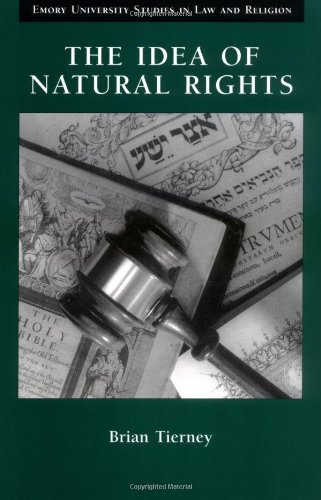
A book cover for The Idea of Natural Rights: Studies on Natural Rights, Natural Law, and Church Law 1150  1625 (Emory University Studies in Law and Religion); Brian Tierney; Law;